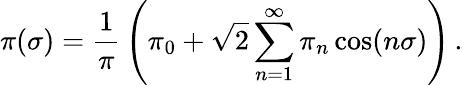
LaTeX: \pi(\sigma)={\frac{1}{\pi}}\left(\pi_{0}+{\sqrt{2}}\sum_{n=1}^{\infty}\pi_{n}\cos(n\sigma)\right)\, .